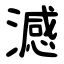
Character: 澸